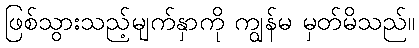
ဖြစ်သွားသည့်မျက်နှာကို ကျွန်မ မှတ်မိသည်။